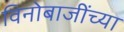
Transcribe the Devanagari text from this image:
विनोबाजींच्या